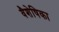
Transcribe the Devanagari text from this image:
वैशेषिका